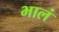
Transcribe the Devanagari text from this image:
भालं